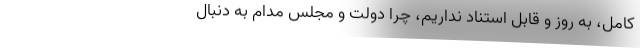
کامل، به روز و قابل استناد نداریم، چرا دولت و مجلس مدام به دنبال